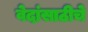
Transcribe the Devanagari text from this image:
वेदांसाठीचे